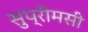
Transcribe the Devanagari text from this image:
सुप्रीमसी